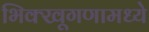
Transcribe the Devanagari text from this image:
भिक्खूगणामध्ये